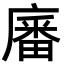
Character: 㢖